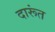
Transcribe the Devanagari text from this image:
दारूंत